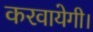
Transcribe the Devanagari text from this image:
करवायेगी।